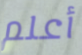
أعلم